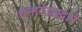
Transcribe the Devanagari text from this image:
धनादेशाद्वारे